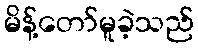
မိန့်တော်မူခဲ့သည်